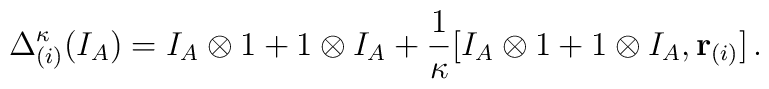
\Delta^{\kappa}_{(i)} (I_A) =  I_A \otimes 1 + 1 \otimes I_A  +  \frac{1}{\kappa}[ I_A \otimes 1 + 1 \otimes I_A, {\bf r}_{(i)} ]\, .